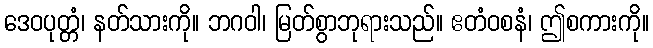
ဒေဝပုတ္တံ၊ နတ်သားကို။ ဘဂဝါ၊ မြတ်စွာဘုရားသည်။ ဧတံဝစနံ၊ ဤစကားကို။